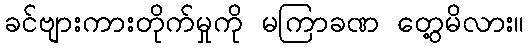
ခင်ဗျားကားတိုက်မှုကို မကြာခဏ တွေ့မိလား။